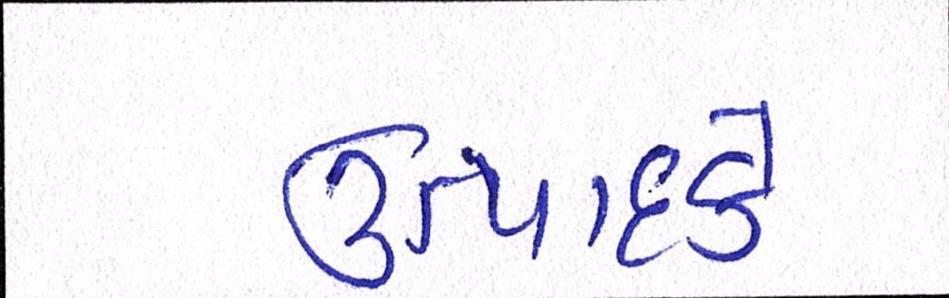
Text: ઉત્પાદકે